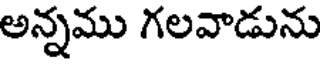
అన్నము గలవాడును